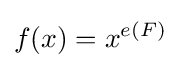
f(x)=x^{e(F)}